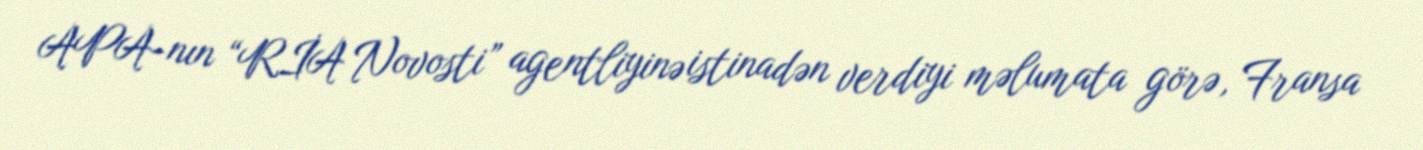
APA-nın “RİA Novosti” agentliyinə istinadən verdiyi məlumata görə, Fransa